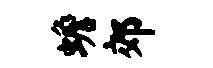
蟾郊